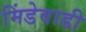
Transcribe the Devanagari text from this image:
मिंडेवाडी